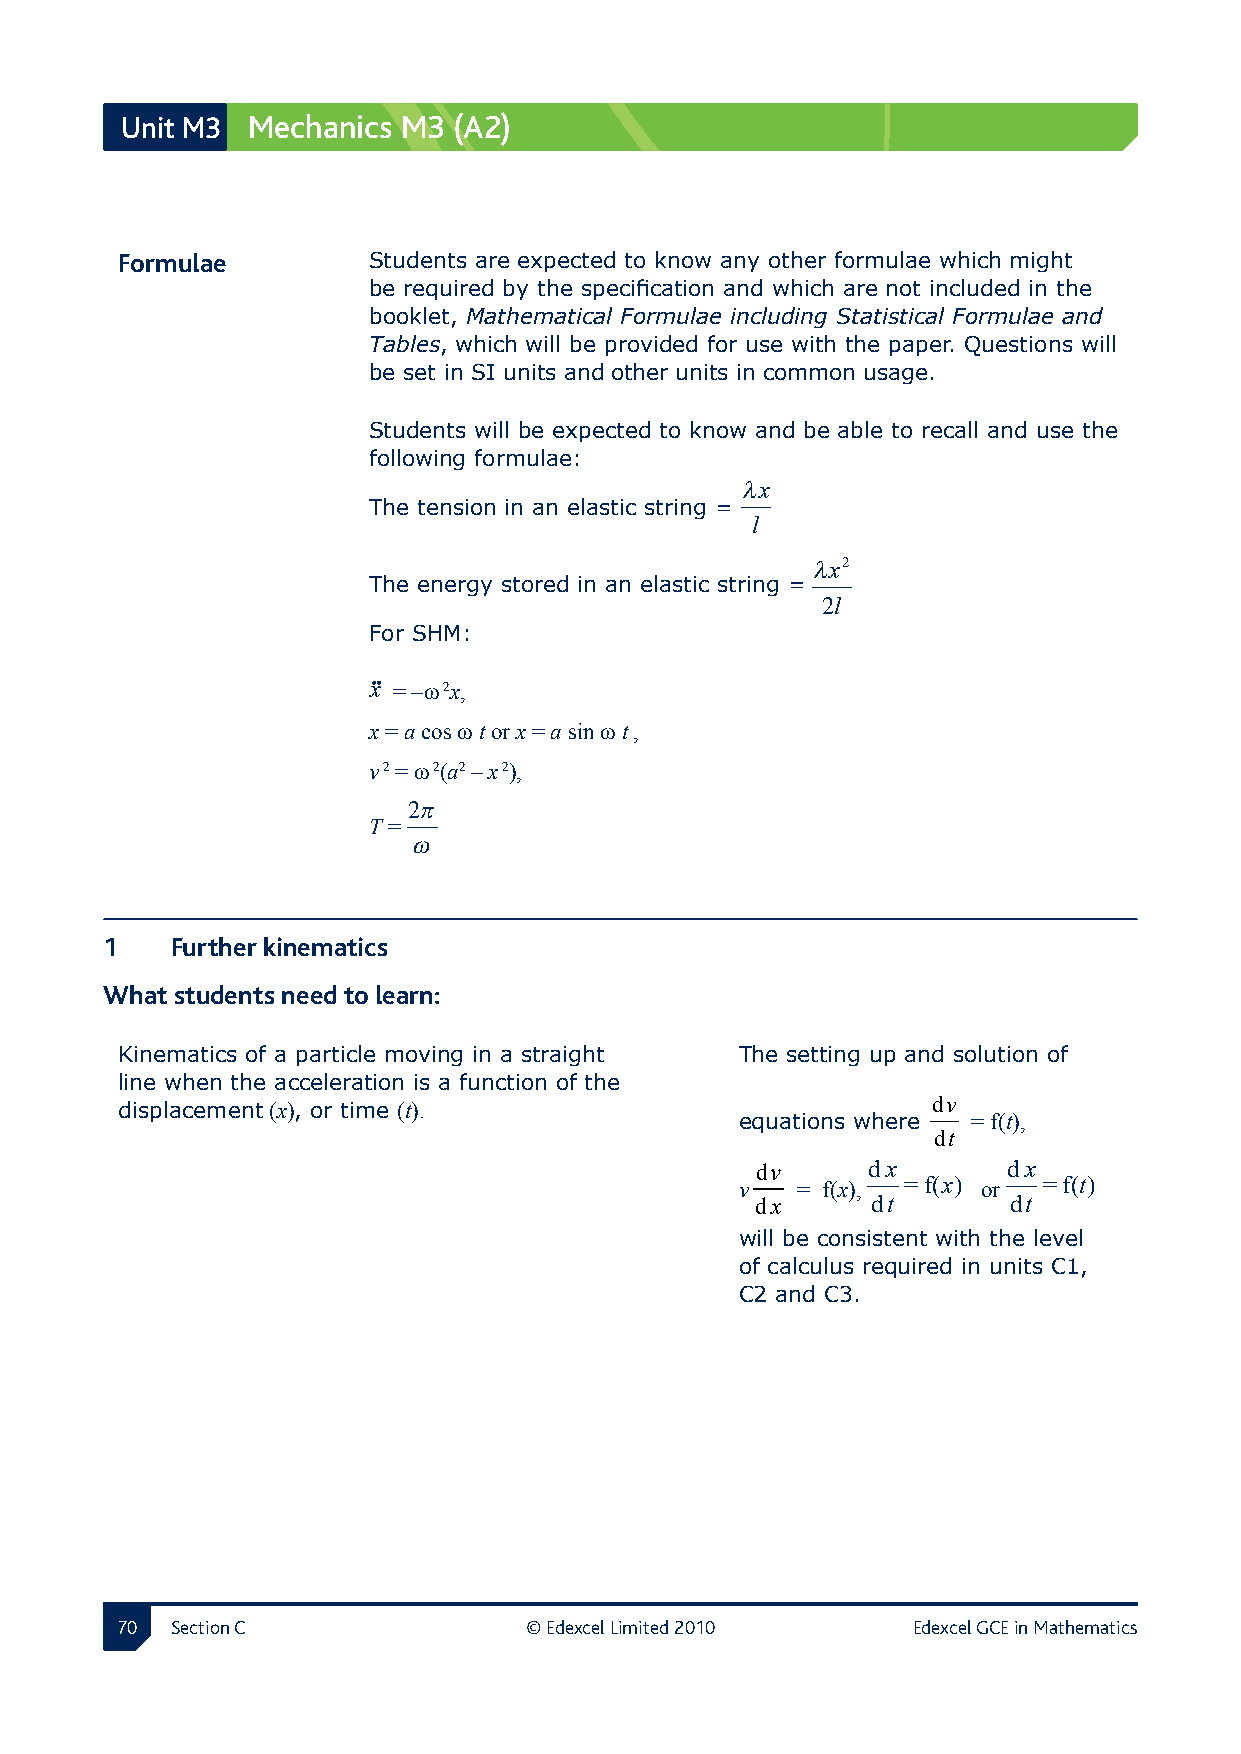
Unit M3 Mechanics  M3 (A2)
 Formulae       Students are expected to know any other formulae which might
 be required by the specification and which are not included in the
 booklet, Mathematical Formulae including Statistical Formulae and
 Tables, which will be provided for use with the paper. Questions will
 be set in SI units and other units in common usage.
 Students will be expected to know and be able to recall and use the
 following formulae:
 λx
 The tension in an elastic string =
 l
 λx2
 The energy stored in an elastic string =
 2l
 For SHM:
 x = −ω 2x,
 x = a cos ω t or x = a sin ω t ,
 v 2 = ω 2(a2 – x 2),
 2π
 T =
 ω
 1  Further kinematics
 What students need to learn:
 Kinematics of a particle moving in a straight The setting up and solution of
 line when the acceleration is a function of the
 displacement (x), or time (t).                        dv
 equations where = f(t),
 dt
 dv     dx        dx
 v   = f(x), = f(x) or = f(t)
 dx      dt       dt
 will be consistent with the level
 of calculus required in units C1,
 C2 and C3.
 0 Section C               © Edexcel Limited 2010   Edexcel GCE in Mathematics